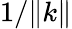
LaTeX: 1/\| k\|